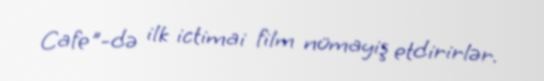
Cafe"-də ilk ictimai film nümayiş etdirirlər.